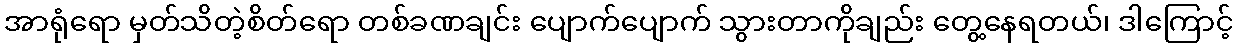
အာရုံရော မှတ်သိတဲ့စိတ်ရော တစ်ခဏချင်း ပျောက်ပျောက် သွားတာကိုချည်း တွေ့နေရတယ်၊ ဒါကြောင့်